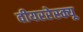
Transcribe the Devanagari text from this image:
वीयररेस्क्यू